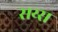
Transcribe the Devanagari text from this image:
सय्स